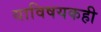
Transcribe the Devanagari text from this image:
याविषयकही